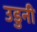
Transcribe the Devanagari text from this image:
उडुनी